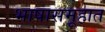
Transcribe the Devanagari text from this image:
भाषासमूहात